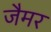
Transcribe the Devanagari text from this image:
जैमर